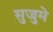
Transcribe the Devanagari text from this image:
सुजुमे